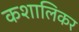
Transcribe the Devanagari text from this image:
कशालिकर